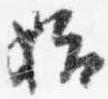
始